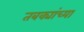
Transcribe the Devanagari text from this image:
तबक्यांच्या